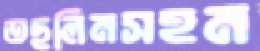
তছলিমসহম